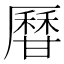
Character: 𤯍